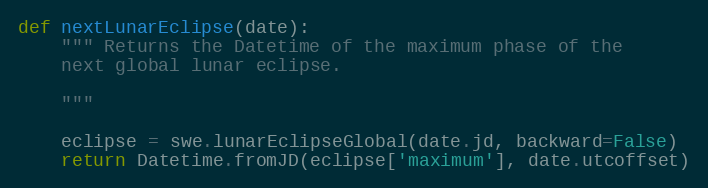
Language: Python
def nextLunarEclipse(date):
    """ Returns the Datetime of the maximum phase of the
    next global lunar eclipse.

    """

    eclipse = swe.lunarEclipseGlobal(date.jd, backward=False)
    return Datetime.fromJD(eclipse['maximum'], date.utcoffset)